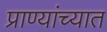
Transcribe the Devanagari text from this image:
प्राण्यांच्यात